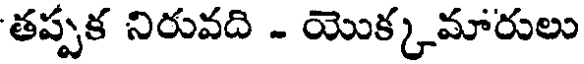
తప్పక నిరువది - యొక్కమారులు